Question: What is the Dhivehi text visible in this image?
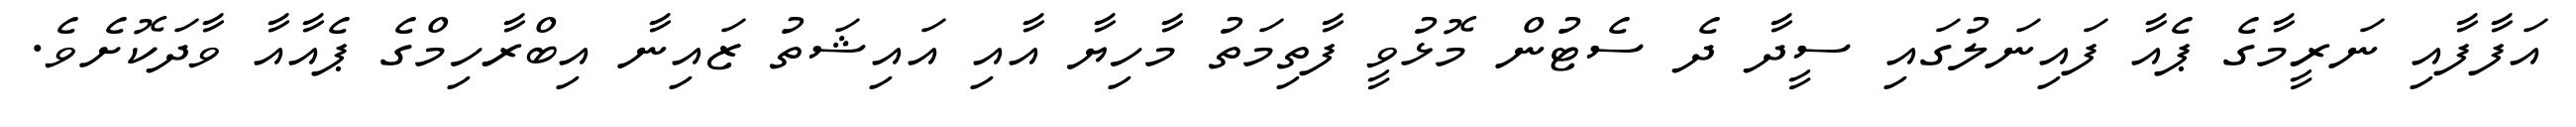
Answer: އަފާފާއި ނަރީމާގެ ޕެއާ ފައިނަލުގައި ސީދާ ދެ ސެޓުން މޮޅުވީ ފާތިމަތު މާހިޔާ އާއި އައިޝަތު ޒައިނާ އިބްރާހިމްގެ ޕެއާއާ ވާދަކޮށެވެ.